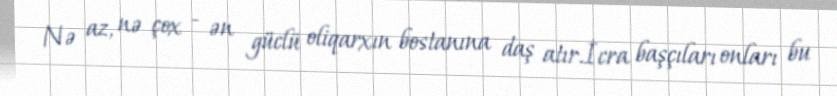
Nə az, nə çox - ən güclü oliqarxın bostanına daş atır.İcra başçıları onları bu